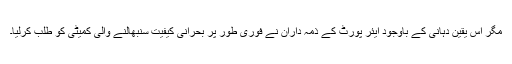
مگر اس یقین دہانی کے باوجود ایئر پورٹ کے ذمہ داران نے فوری طور پر بحرانی کیفیت سنبھالنے والی کمیٹی کو طلب کرلیا۔